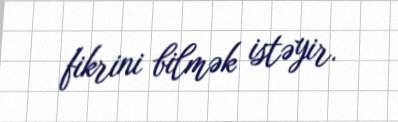
fikrini bilmək istəyir.